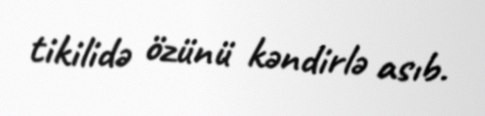
tikilidə özünü kəndirlə asıb.